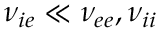
{ \nu _ { i e } } \ll { \nu _ { e e } } , { \nu _ { i i } }